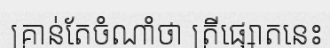
គ្រាន់តែចំណាំថា ត្រីផ្សោតនេះ